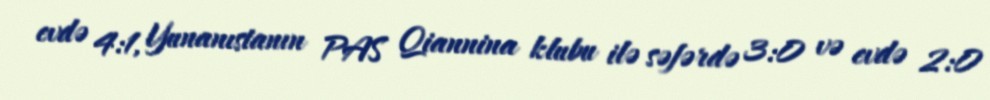
evdə 4:1, Yunanıstanın PAS Qiannina klubu ilə səfərdə 3:0 və evdə 2:0